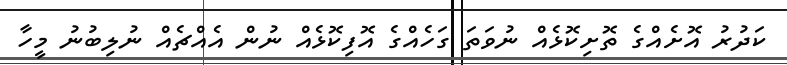
ކަދުރު އޮށެއްގެ ތޮށިކޮޅެއް ނުވަތަ ގަހެއްގެ އޮފިކޮޅެއް ނުން އެއްޗެއް ނުލިބުނު މީހާ